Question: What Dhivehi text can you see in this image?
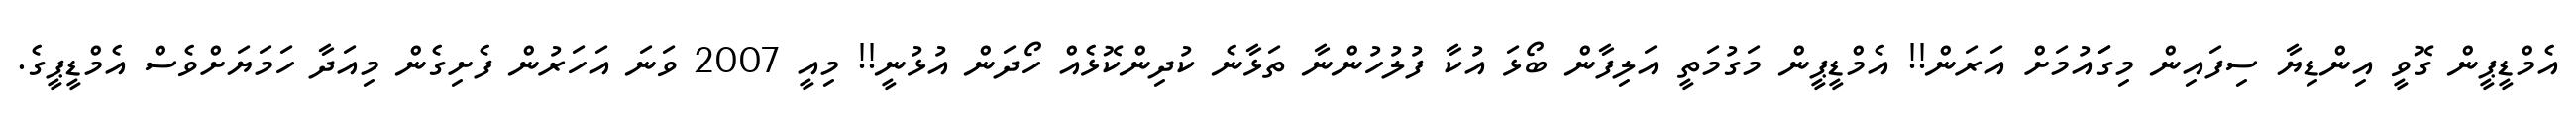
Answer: އެމްޑީޕީން ގޮވީ އިންޑިޔާ ސިފައިން މިގަައުމަށް އަރަން!! އެމްޑީޕީން މަގުމަތީ އަލިފާން ބޯޅަ އުކާ ފުލުހުންނާ ތަޅާނެ ކުދިންކޮޅެއް ހޯދަން އުޅުނީ!! މިއީ 2007 ވަނަ އަހަރުން ފެށިގެން މިއަދާ ހަމަޔަށްވެސް އެމްޑީޕީގެ.